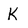
Character: K